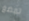
تمضغ